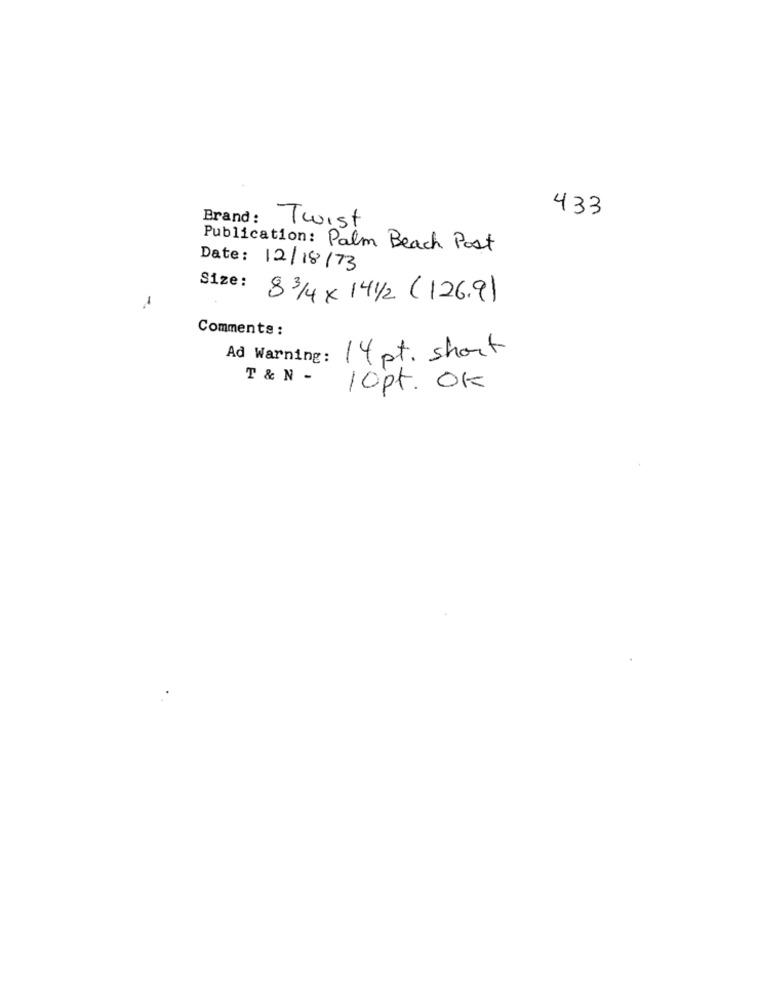
Brand :
Twist
433
Publication: Palm Beach Post
Date: 12/18/73
Size:
83/4×141/2 (126.91
Comments :
Ad Warning:
14 pt. short
T & N -
10pt. OK